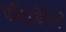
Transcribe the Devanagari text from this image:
पमिएबिलिटी